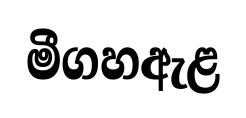
මීගහඇළ